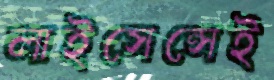
লাইসেন্সেই